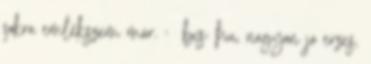
sokra emlékszem már. : bxs: hu, nagyon jo erzes,